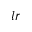
l r